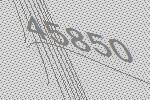
45850